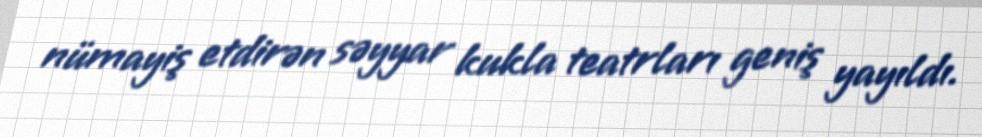
nümayiş etdirən səyyar kukla teatrları geniş yayıldı.